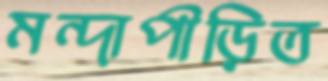
মন্দাপীড়িত